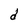
Character: d